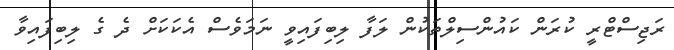
ރަޖިސްޓްރީ ކުރަން ކައުންސިލްތަކުން ލަފާ ލިބިފައިވީ ނަމަވެސް އެކަކަށް ދެ ގެ ލިބިފައިވާ